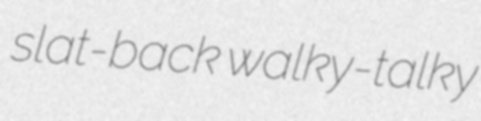
slat-back walky-talky